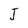
Character: J